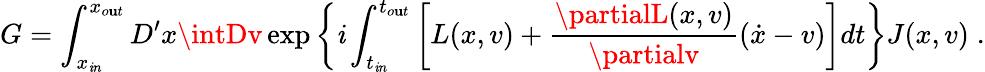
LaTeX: G=\int_{x_{\mathit{i}n}}^{x_{o\mathbf{u}t}}D^{\prime}x\intDv\exp\left\{ \mathit{i}\int_{t_{\mathit{i}n}}^{t_{o\mathbf{u}t}}\left[L(x,v)+\frac{{\partialL(x,v)}}{{\partialv}}(\dot{{x}}-v)\right]dt\right\} J(x,v)\; .